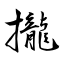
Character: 攏